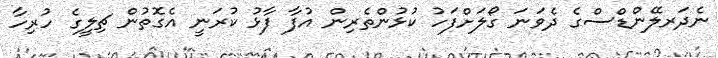
ނެދަރލޭންޑްސްގެ ދެވަނަ ގޯލަށްފަހު ކުޅުންތެރިން އުފާ ފާޅު ކުރަނީ އެގޮތުން ޗިލީގެ ހުރިހާ